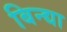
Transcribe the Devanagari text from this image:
बिन्द्या